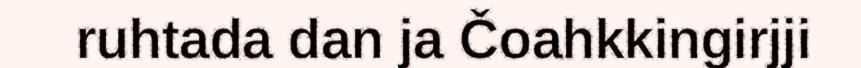
ruhtada dan ja Čoahkkingirjji